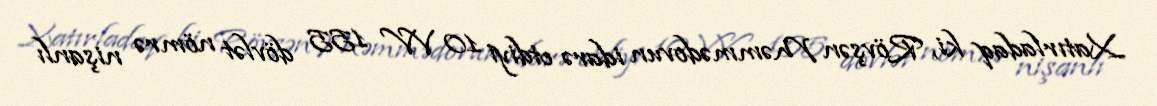
Xatırladaq ki, Rövşən Məmmədovun idarə etdiyi 10 VV 155 dövlət nömrə nişanlı